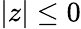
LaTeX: |z|\leq 0